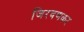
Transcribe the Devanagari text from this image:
जिरवणकर